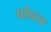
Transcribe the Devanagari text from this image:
पांघरत